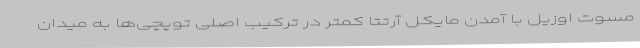
مسوت اوزیل با آمدن مایکل آرتتا کمتر در ترکیب اصلی توپچی‌ها به میدان